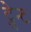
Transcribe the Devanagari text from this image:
ट्वेन्ट